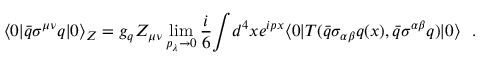
\langle { 0 } { \mid } \bar { q } { \sigma } ^ { \mu \nu } q { \mid } 0 \rangle _ { Z } = g _ { q } Z _ { \mu \nu } \operatorname * { l i m } _ { p _ { \lambda } \to 0 } { \frac { i } { 6 } } { \int } d ^ { 4 } x e ^ { i p x } \langle 0 { \mid } T ( \bar { q } { \sigma } _ { \alpha \beta } q ( x ) , \bar { q } \sigma ^ { \alpha \beta } q ) { \mid } 0 \rangle \ \ .